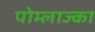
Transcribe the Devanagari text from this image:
पोम्लाज्का